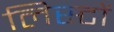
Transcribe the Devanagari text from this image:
लिस्टों